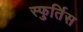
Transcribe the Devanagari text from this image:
स्फुर्तिस